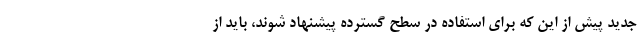
جدید پیش از این که برای استفاده در سطح گسترده پیشنهاد شوند، باید از